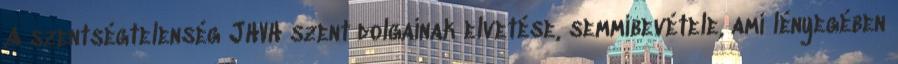
A szentségtelenség JHVH szent dolgainak elvetése, semmibevétele, ami lényegében